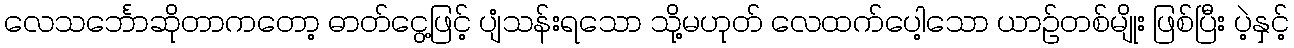
လေသင်္ဘောဆိုတာကတော့ ဓာတ်ငွေ့ဖြင့် ပျံသန်းရသော သို့မဟုတ် လေထက်ပေါ့သော ယာဉ်တစ်မျိုး ဖြစ်ပြီး ပဲ့နှင့်